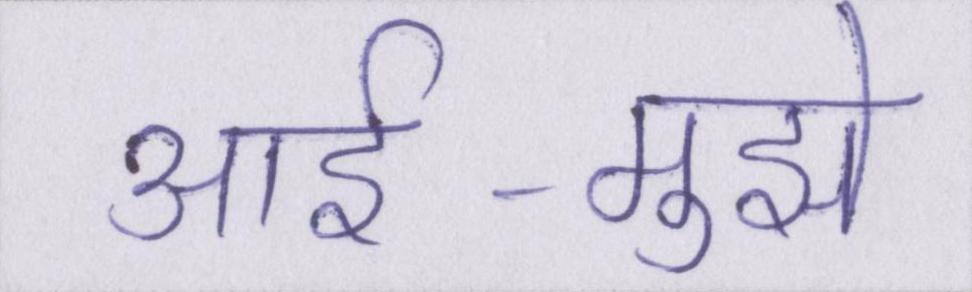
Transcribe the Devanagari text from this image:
आर्इ-मुझे